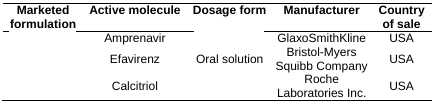
<table><thead><tr><td><b>Marketed formulation</b></td><td><b>Active molecule</b></td><td><b>Dosage form</b></td><td><b>Manufacturer</b></td><td><b>Country of sale</b></td></tr></thead><tbody><tr><td>[EMPTY_CELL]</td><td>Amprenavir</td><td>[EMPTY_CELL]</td><td>GlaxoSmithKline</td><td>USA</td></tr><tr><td>[EMPTY_CELL]</td><td>Efavirenz</td><td>Oral solution</td><td>Bristol-Myers Squibb Company</td><td>USA</td></tr><tr><td>[EMPTY_CELL]</td><td>Calcitriol</td><td>[EMPTY_CELL]</td><td>Roche Laboratories Inc.</td><td>USA</td></tr></tbody></table>